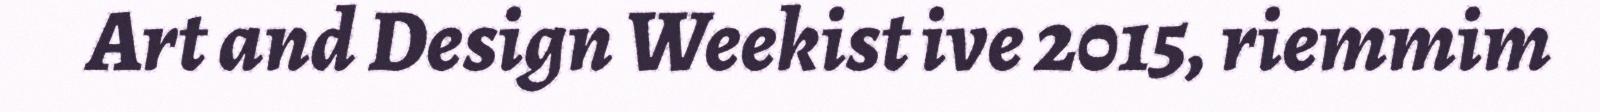
Art and Design Weekist ive 2015, riemmim